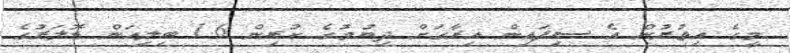
މީގެ އިތުރުން އެ ސިފައިން އިރާގަށް ދިޔުމުގެ ކުރިން 1.6 ބިލިއަން ޑޮލަރުގެ